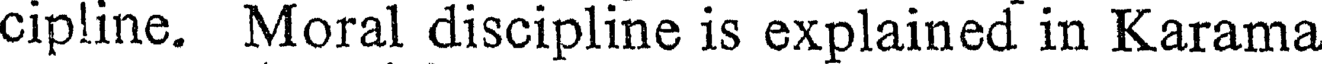
cipline. Moral discipline is explained in Karama